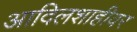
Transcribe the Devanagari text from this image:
आदिलशाहीवर